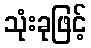
သုံးခုဖြင့်